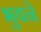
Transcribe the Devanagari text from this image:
भुवने